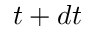
t + d t